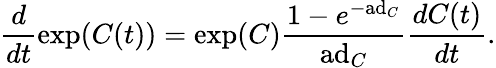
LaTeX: {\frac{d}{dt}}\mathrm{exp}(C(t))=\mathrm{exp}(C){\frac{1-e^{-\mathrm{ad}_{C}}}{\mathrm{ad}_{C}}}{\frac{dC(t)}{dt}}.